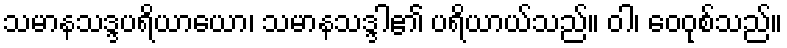
သမာနသဒ္ဒပရိယာယော၊ သမာနသဒ္ဒါ၏ ပရိယာယ်သည်။ ဝါ၊ ဝေဝုစ်သည်။